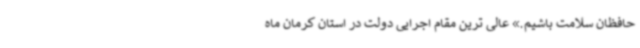
حافظان سلامت باشیم.» عالی ترین مقام اجرایی دولت در استان کرمان ماه